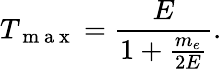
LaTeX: T_{\mathrm{~m~a~x~}}=\frac{E}{1+\frac{m_{e}}{2E}}.